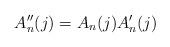
LaTeX: \begin{align*} A''_n(j) = A_n(j) A'_n(j)\end{align*}